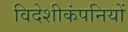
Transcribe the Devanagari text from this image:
विदेशीकंपनियों